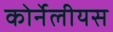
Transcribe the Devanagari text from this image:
कोर्नेलीयस